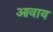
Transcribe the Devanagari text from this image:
आवाय